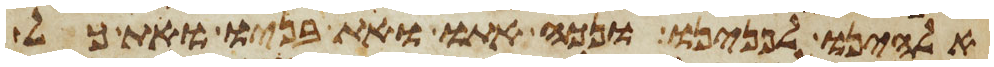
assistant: אלהינו לפנינו ונכה אתו ואת בניו ואת כל